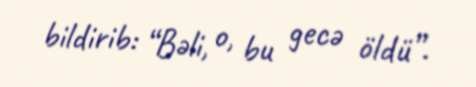
bildirib: “Bəli, o, bu gecə öldü”.